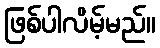
ဖြစ်ပါလိမ့်မည်။